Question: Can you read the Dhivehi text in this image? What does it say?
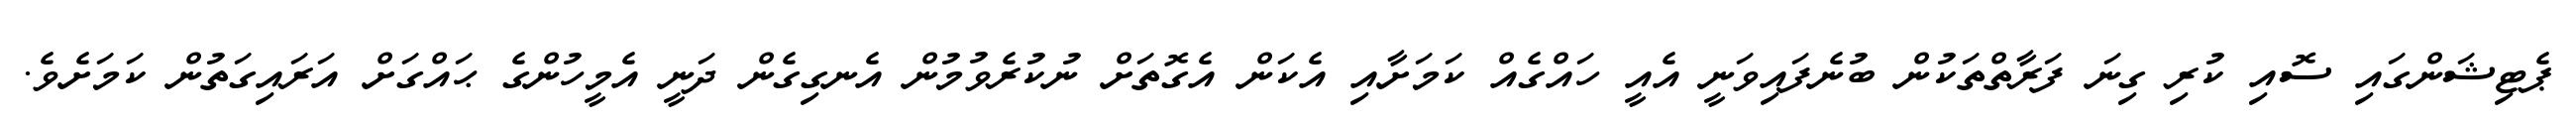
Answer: ޕެޓިޝަންގައި ސޮއި ކުރި ގިނަ ފަރާތްތަކުން ބުނެފައިވަނީ އެއީ ހައްގެއް ކަމަށާއި އެކަން އެގޮތަށް ނުކުރެވުމުން އެނގިގެން ދަނީ އެމީހުންގެ ޙައްގަށް އަރައިގަތުން ކަމަށެވެ.